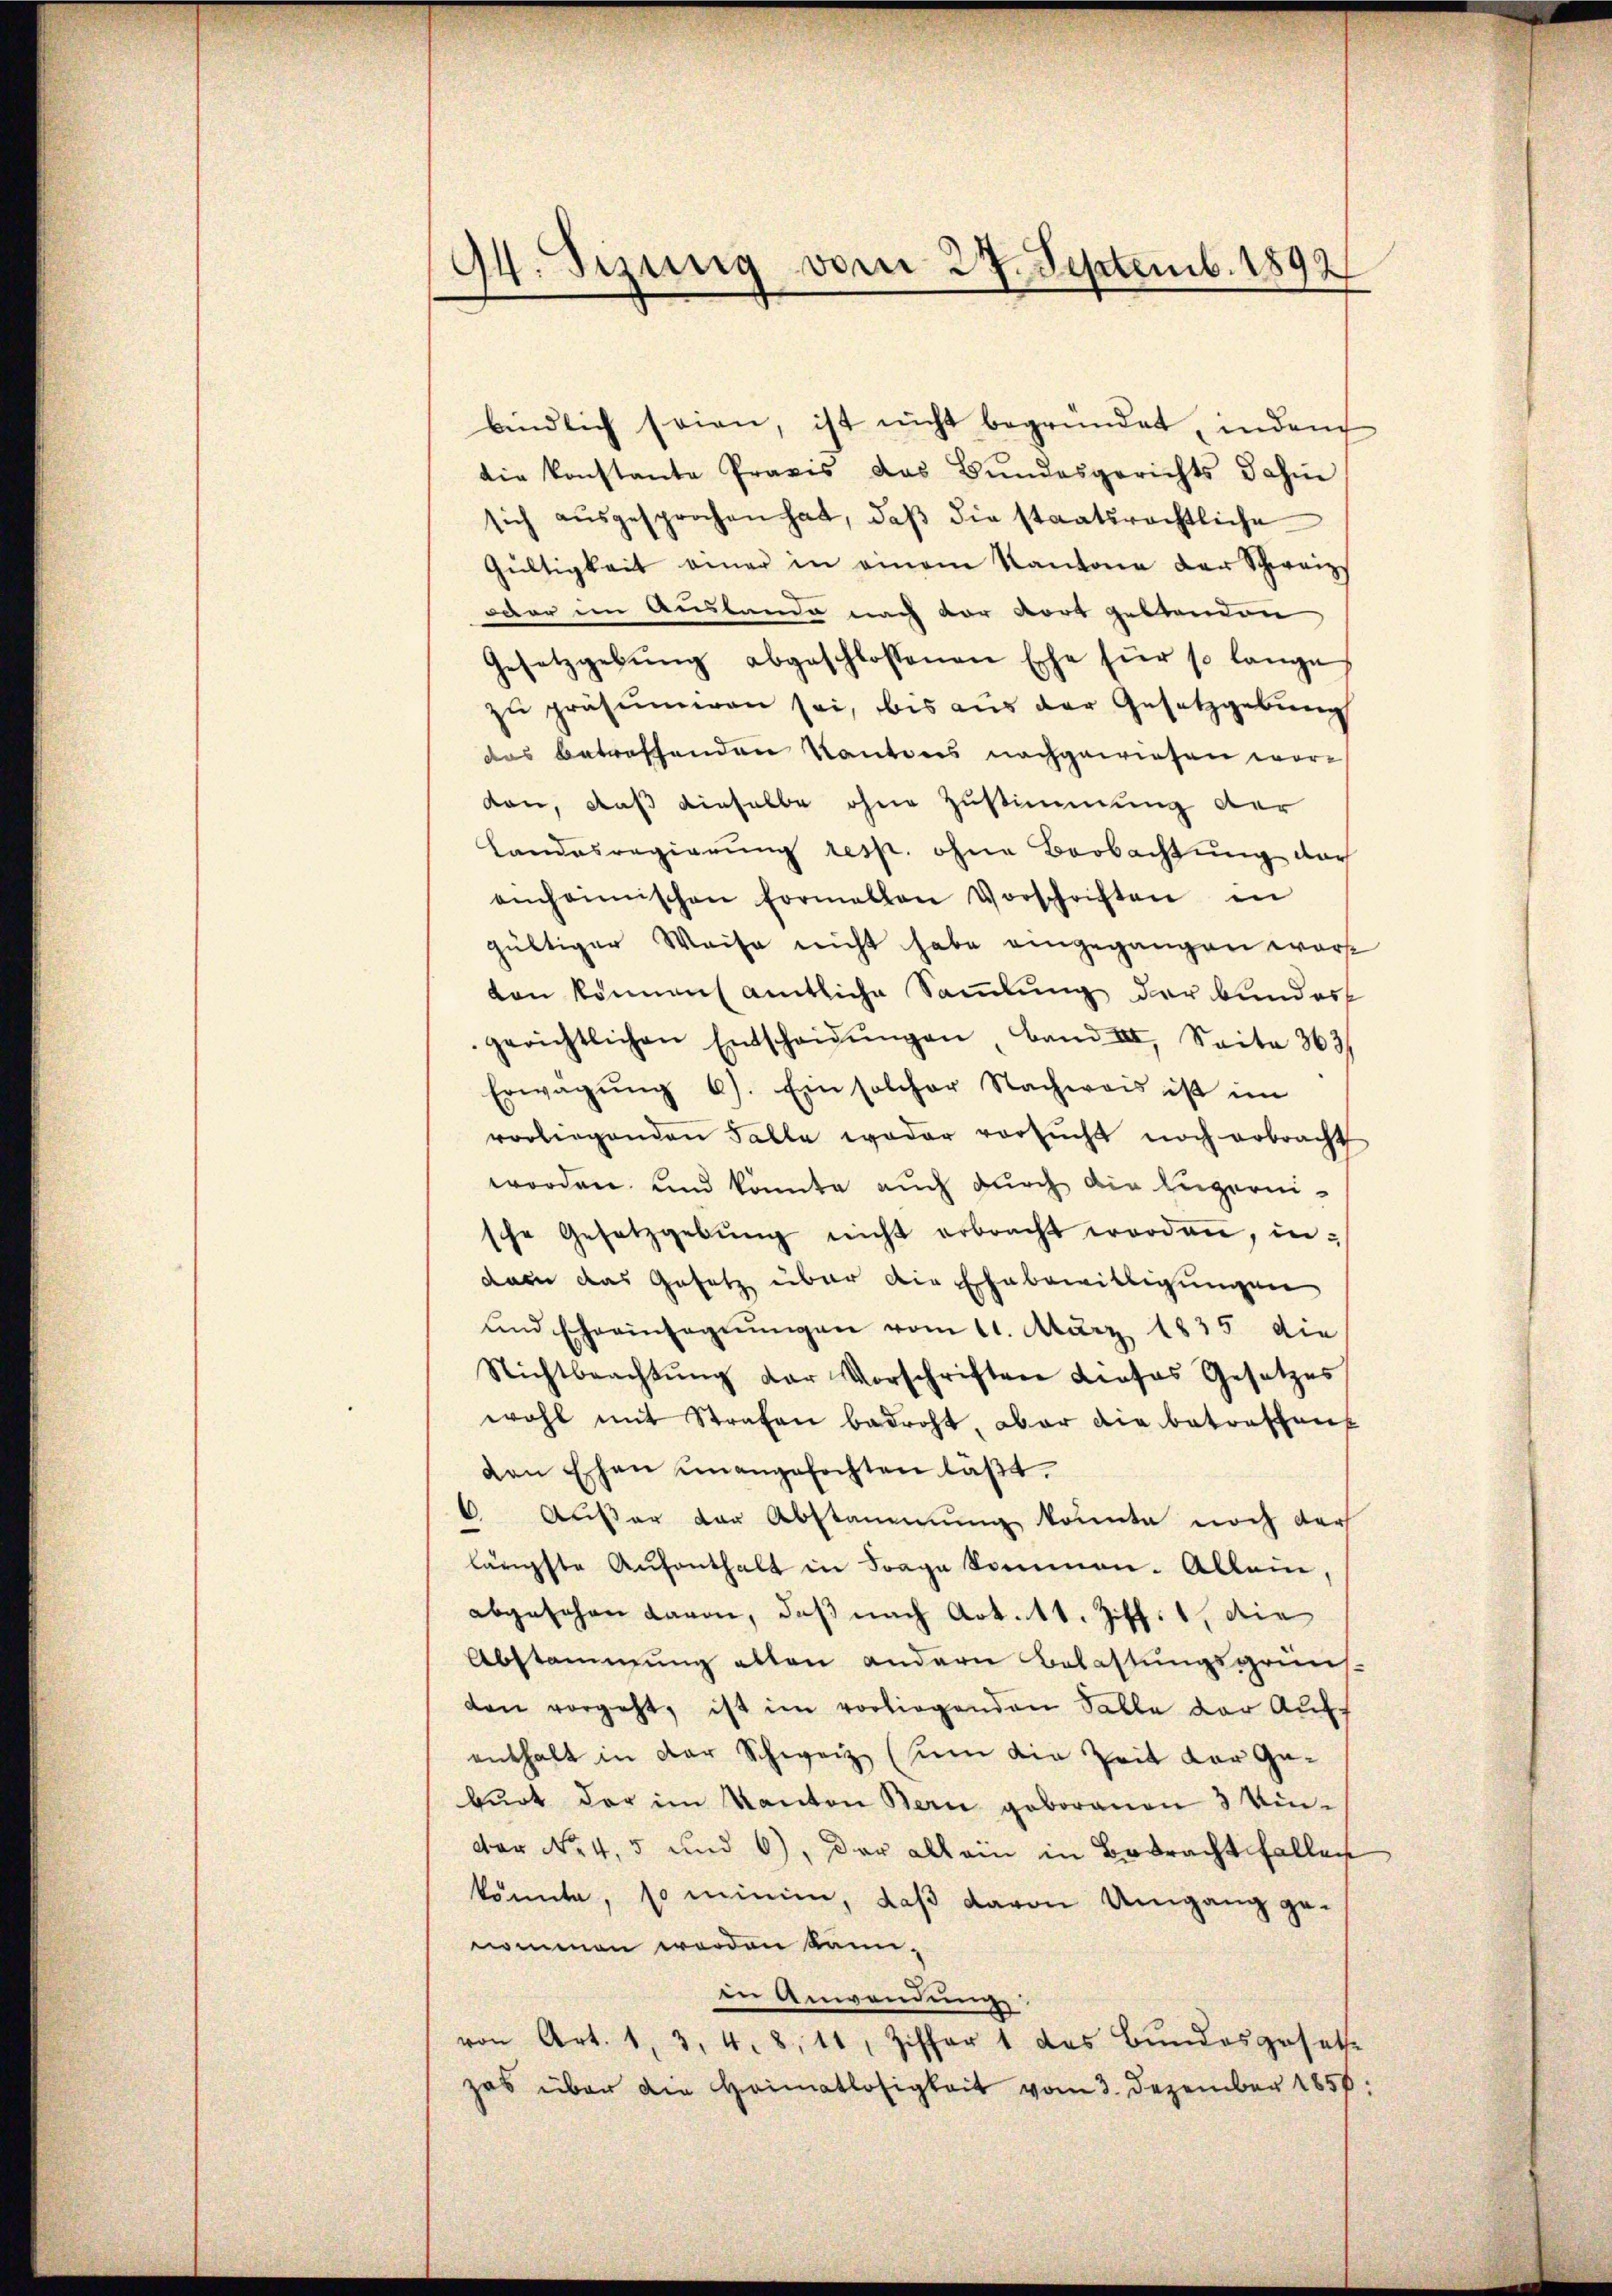
94. Sizung vom 27. Septemb. 1892

bindlich seien, ist nicht begründet, inden
die konstante Praxis das Bŭndesgerichts dahin
sich aŭsgesprochen hat, daβ die staatsrechtliche
Gültigkeit einer in einem Kantone der Schweize
oder im Auslande nach der dort geltenden
Gesetzgebŭng abgeschlossenen Ehe für so lange
zu präsumiren sei, bis aus der Gesetzgebung
das betreffenden Kantons nachgewiesen worden, daß dieselbe ohne Zustimmung der
Landasregierŭng resp. ohne Beobachtung der
enheimischen Formellen Vorschriften in
gültiger Weise nicht habe eingegangen warst
ten könnens amtliche Sammlung der Bunder
gerichtlichen Entscheidŭngen, band III. Seite 363.
Erwägŭng 6). Ein solcher Nachweis ist im
vorliegenden Falle weder versŭcht noch erbracht
worden und könnte auch durch die Engernische Gesetzgebŭng nicht erbracht worden, indern das Gesetz über die Ehebewilligungen
und Eheeinsegnungen vom 11. März 1835 die
Nichtbeachtŭng der Vorschriften Lieses Gesetzes
wohl mit Strafen bedroht, aber die betreffen
den Ehen unangefochten läßt.
 Außer der Abstammung konnte noch der
lärgste Aŭfenthalt in Frage kommen. Allein,
abgesehen davon, daß nach Art. 11. Ziff. 1, die
Abstammung alten andern Belastungsgrüns
den vorgeht, ist im vorliegenden Salle der Auff
enthalt in der Schweiz (um die Zeit der Geburt der im Kanton Bern geborenen 3 Umdor No. 4, 5 und 6), der allein in Betracht fallen
könnte, so minin, daß davon Umgang genommen worden kann,
in Anwendung
von Art. 1, 3, 4. 8, 11, Ziffer 1 des Bundesgesetze
zes über die Heimatlosigkeit vom 3. Dezember 1858.